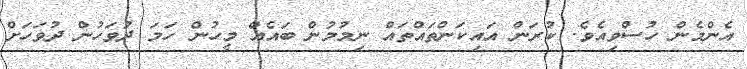
އެންމެން ހުސްވިއެވެ. ކުރަން އައިކަންތައްތައް ނިމުމުން ބައެއް މީހުން ހަމަ ދުވަހުން ދުވަހަށް